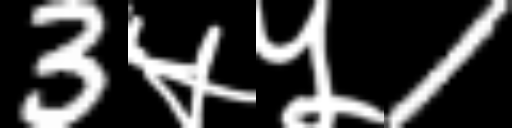
Text: 3५५1